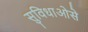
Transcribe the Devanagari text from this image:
सुविधाओसे